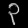
Digit: ၃